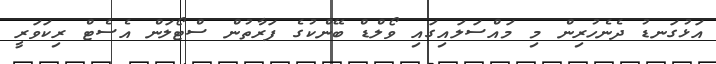
އަޅުގަނޑު ދެނެހުރިން މި މައްސަލައިގައި ވޯލްޑް ބޭންކުގެ ފަރާތުން ސްޓޯލަން އެސެޓް ރިކަވަރީ